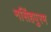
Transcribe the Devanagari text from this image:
नसिंहपुरम